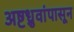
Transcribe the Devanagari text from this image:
अष्टध्रुवांपासून